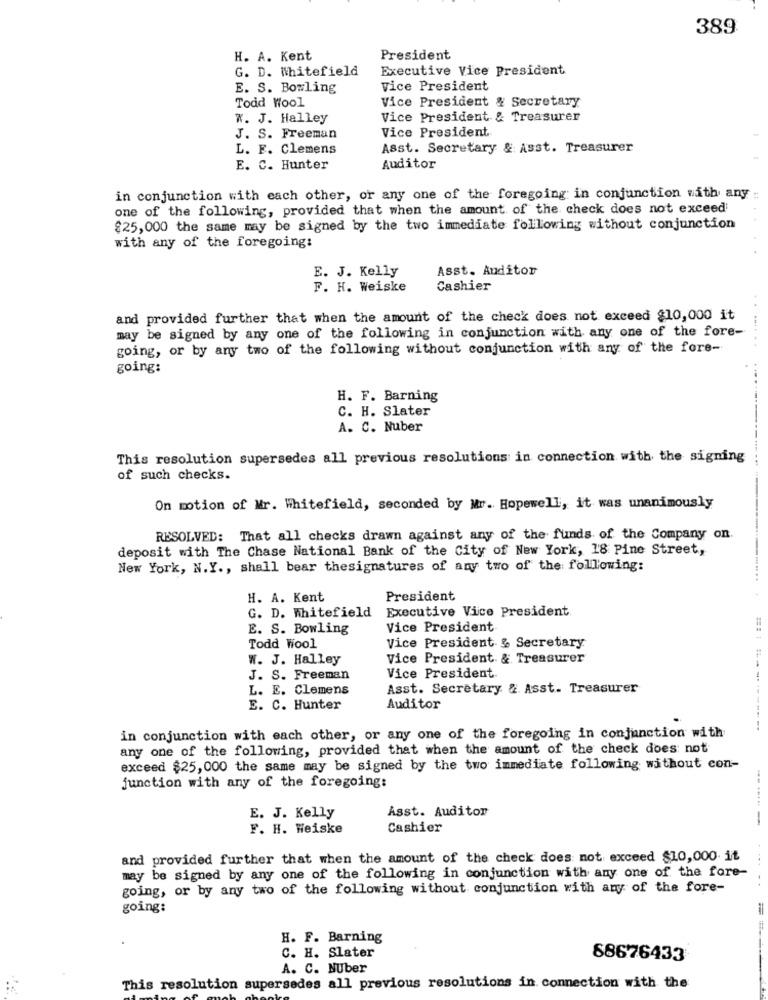
389
H. A. Kent
President
G. D. Whitefield
Executive Vice President
E. S. Bowling
vice President
Todd Wool
Vice President & Secretary
W. J. Halley
Vice President & Treasurer
Vice President
J. S. Freeman
L. F. Clemens
Asst. Secretary & Asst. Treasurer
E. C. Hunter
Auditor
in conjunction with each other, or any one of the foregoing in conjunction with any
one of the following, provided that when the amount of the check does not exceed'
$25,000 the same may be signed by the two immediate following without conjunction
with any of the foregoing:
E. J. Kelly
Asst. Auditor
F. H. Weiske
Cashier
and provided further that when the amount of the check does not exceed $10,000 it
may be signed by any one of the following in conjunction with any one of the fore-
......
going, or by any two of the following without conjunction with any of the fore-
going:
H. F. Barning
C. H. Slater
A. C. Nuber
This resolution supersedes all previous resolutions in connection with the signing
of such checks.
On motion of Mr. Whitefield, seconded by Mr. Hopewell, it was unanimously
RESOLVED: That all checks drawn against any of the funds of the Company on.
deposit with The Chase National Bank of the City of New York, 18 Pine Street,
New York, N.Y ., shall bear thesignatures of any two of the following:
H. A. Kent
President
Executive Vice President
G. D. Whitefield
E. S. Bowling
Vice President
Todd Wool
Vice President & Secretary
W. J. Halley
Vice President & Treasurer
Vice President.
J. S. Freeman
L. E. Clemens
Asst. Secretary & Asst. Treasurer
E. C. Hunter
Auditor
----------
in conjunction with each other, or any one of the foregoing in conjunction with
any one of the following, provided that when the amount of the check does not
exceed $25, 000 the same may be signed by the two immediate following without con-
junction with any of the foregoing:
Asst. Auditon
E. J. Kelly
------
F. H. Weiske
Cashier
and provided further that when the amount of the check does not exceed $10,000 it
may be signed by any one of the following in conjunction with any one of the fore-
going, or by any two of the following without conjunction with any of the fore-
going:
H. F. Barning
C. H. Slater
88676433
A. C. NUber
This resolution supersedes all previous resolutions in connection with the